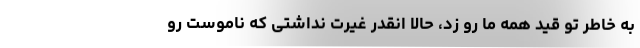
به خاطر تو قید همه ما رو زد، حالا انقدر غیرت نداشتی که ناموست رو